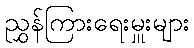
ညွှန်ကြားရေးမှူးများ